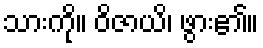
သားကို။ ဝိဇာယိ၊ ဖွား၏။